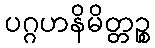
ပဂ္ဂဟနိမိတ္တဉ္စ